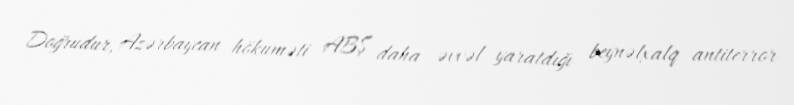
Doğrudur, Azərbaycan hökuməti ABŞ daha əvvəl yaratdığı beynəlxalq antiterror